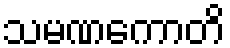
သမဏကောတိ